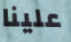
علينا